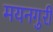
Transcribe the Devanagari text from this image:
मयनगुरी